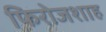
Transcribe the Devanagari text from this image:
फिरोजशाह